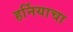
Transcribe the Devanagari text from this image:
हर्नियाचा